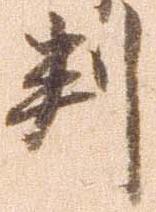
判